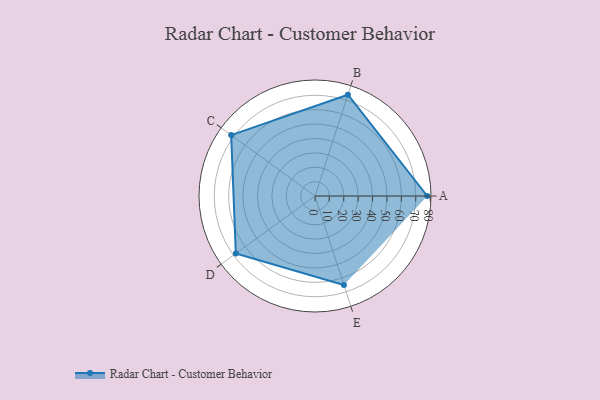
{"axis": {"x": "Skill", "y": "Score"}, "legend": ["Profile"], "data": [{"x": "A", "y": 78.0, "type": "Profile"}, {"x": "B", "y": 74.0, "type": "Profile"}, {"x": "C", "y": 72.0, "type": "Profile"}, {"x": "D", "y": 68.0, "type": "Profile"}, {"x": "E", "y": 65.0, "type": "Profile"}]}